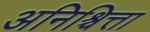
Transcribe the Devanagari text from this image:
अनिश्चित्ता